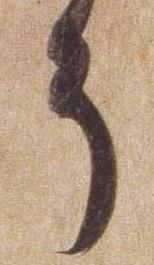
そ